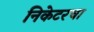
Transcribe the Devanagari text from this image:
निकेटरचा